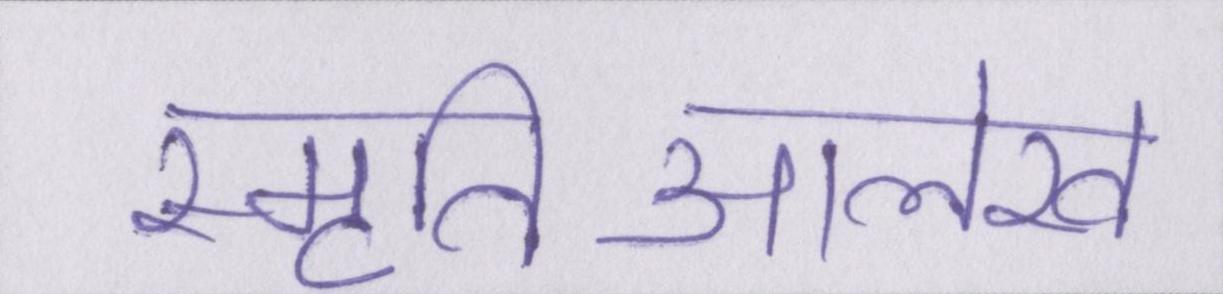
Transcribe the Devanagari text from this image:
स्मृतिआलेख